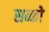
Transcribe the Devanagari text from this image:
सब्को